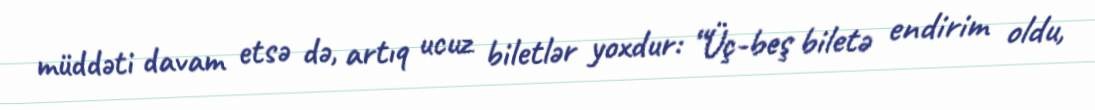
müddəti davam etsə də, artıq ucuz biletlər yoxdur: “Üç-beş biletə endirim oldu,